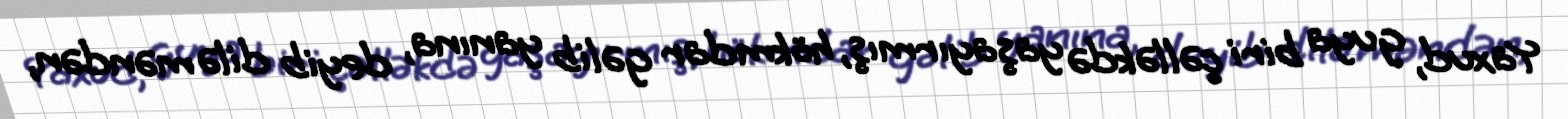
Yaxud, guya biri çəlləkdə yaşayırmış, hökmdar gəlib yanına, deyib dilə məndən,